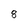
Character: 8